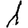
Digit: 1